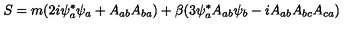
S = m ( 2 i \psi _ { a } ^ { * } \psi _ { a } + A _ { a b } A _ { b a } ) + \beta ( 3 \psi _ { a } ^ { * } A _ { a b } \psi _ { b } - i A _ { a b } A _ { b c } A _ { c a } )